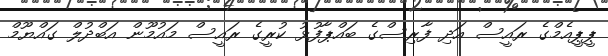
ޕީޕީއެމްގެ ރައީސް އަދި ފާރިސްގެ ބައްޕާފުޅު ކުރީގެ ރައީސް މައުމޫން އަބްދުލް ގައްޔޫމް